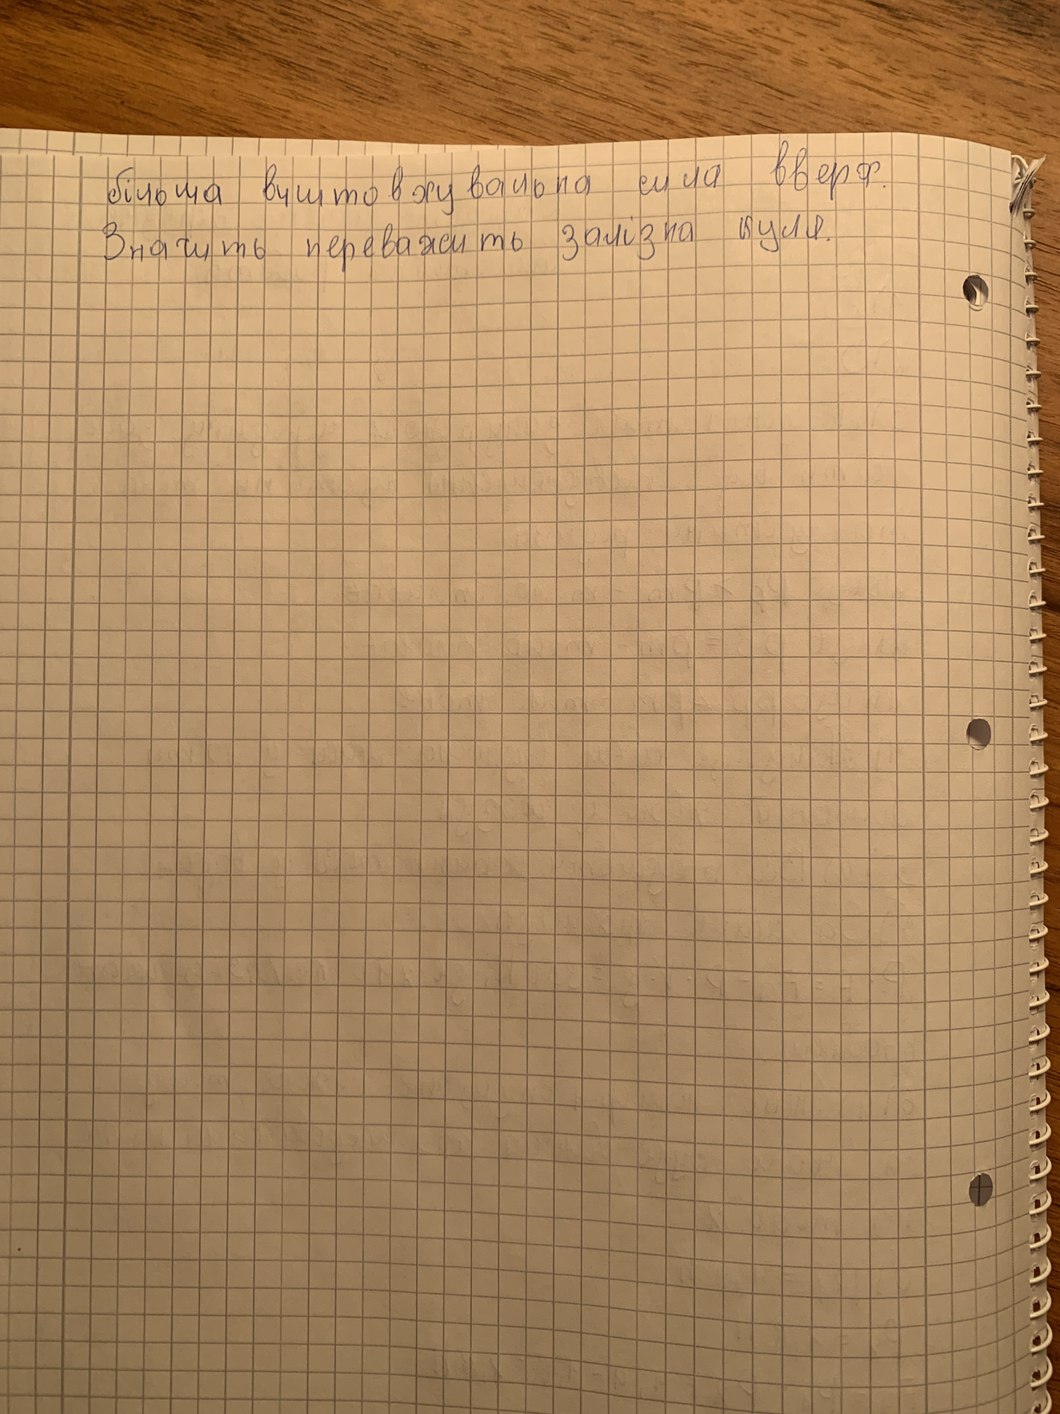
більша виштовжувальна сила вверх.
Значить переважить залізна куля.